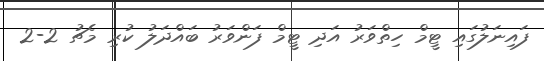
ފައިނަލުގައި ޓީމް ހިތްވަރު އަދި ޓީމް ފަންވަރު ބައްދަލު ކުރި މެޗު 2-2